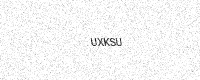
Text: UXKSU